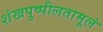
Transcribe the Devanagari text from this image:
शंखपुष्पीलतामूलं